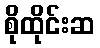
စိုထိုင်းဆ